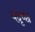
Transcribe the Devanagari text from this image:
यदृच्छ